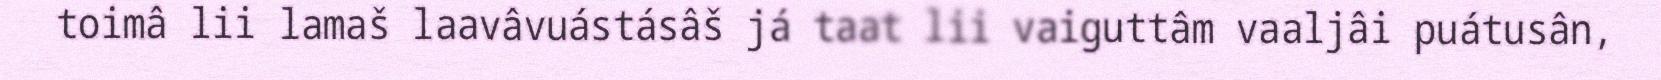
toimâ lii lamaš laavâvuástásâš já taat lii vaiguttâm vaaljâi puátusân,